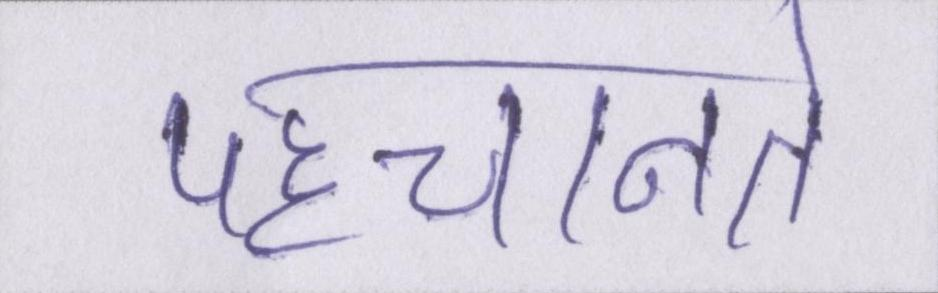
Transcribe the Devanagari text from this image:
पहचानते